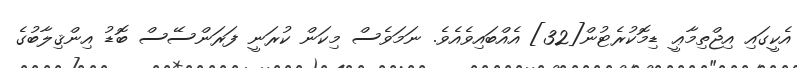
އެކީގައި އިޖްތިމާޢީ ޑިމޮކުރެޓުން[32] އެއްބައިވެއެވެ. ނަމަވެސް މިކަން ކުރަނީ ފަރަންސޭސް ބޮޑު އިންޤިލާބުގެ